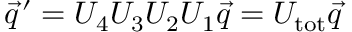
\vec { q } ^ { \, \prime } = U _ { 4 } U _ { 3 } U _ { 2 } U _ { 1 } \vec { q } = U _ { \mathrm { t o t } } \vec { q }